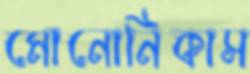
মোনোনিকাস